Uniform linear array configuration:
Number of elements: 16
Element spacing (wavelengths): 0.75
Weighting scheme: hann
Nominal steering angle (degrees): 15
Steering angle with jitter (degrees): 13.885
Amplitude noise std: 0.05
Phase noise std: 0.05

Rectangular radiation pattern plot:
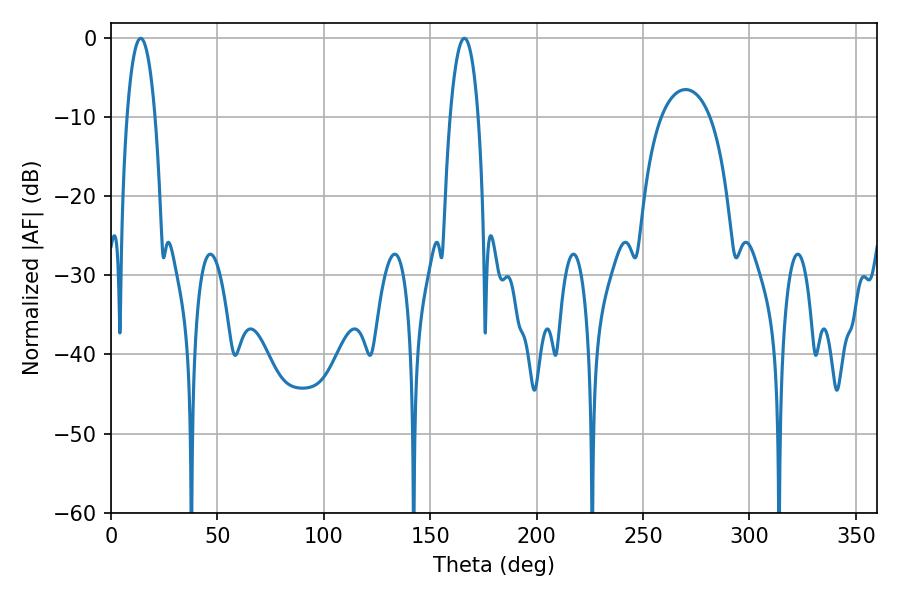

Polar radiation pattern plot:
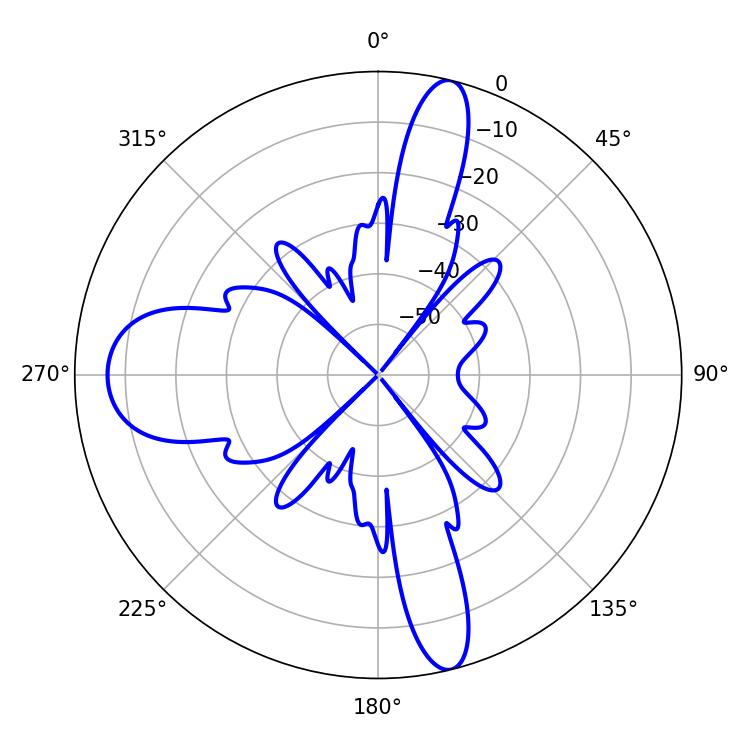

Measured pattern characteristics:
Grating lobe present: TRUE
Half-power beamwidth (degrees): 7.38
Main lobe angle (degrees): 13.86